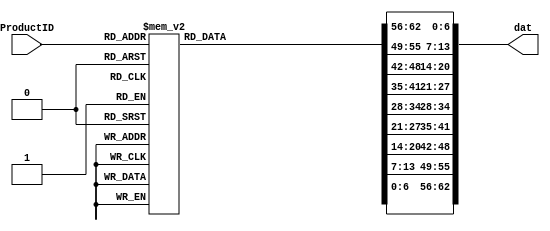
module writer(ProductID,dat);
	input[3:0] ProductID;
	output reg [62:0] dat;
	
	reg [6:0] dat0, dat1, dat2, dat3, dat4, dat5, dat6, dat7, dat8;
	initial begin
		dat0 = 7'h00;
		dat1 = 7'h00;
		dat2 = 7'h00;
		dat3 = 7'h00;
		dat4 = 7'h00;
		dat5 = 7'h00;
		dat6 = 7'h00;
		dat7 = 7'h00;
		dat8 = 7'h00;
	end
	always @ (*) begin
		case(ProductID)
			4'd0	:	begin
				dat0 = 7'h42; //B
				dat1 = 7'h41; //A
				dat2 = 7'h4e; //N
				dat3 = 7'h41; //A
				dat4 = 7'h4e; //N
				dat5 = 7'h41; //A
				dat6 = 7'h00; //
				dat7 = 7'h00; //
				dat8 = 7'h00; //				
			end

			4'd1	:	begin
				dat0 = 7'h50; //P
				dat1 = 7'h4f; //O
				dat2 = 7'h54; //T
				dat3 = 7'h41; //A
				dat4 = 7'h54; //T
				dat5 = 7'h4f; //O
				dat6 = 7'h00; //
				dat7 = 7'h00; //
				dat8 = 7'h00; //
			end
			
			4'd2	:	begin
				dat0 = 7'h54; //T
				dat1 = 7'h4f; //O
				dat2 = 7'h4d; //M
				dat3 = 7'h41; //A
				dat4 = 7'h54; //T
				dat5 = 7'h4f; //O
				dat6 = 7'h00; //
				dat7 = 7'h00; //
				dat8 = 7'h00; //
			end
			
			4'd3	:	begin
				dat0 = 7'h50; //P
				dat1 = 7'h45; //E
				dat2 = 7'h41; //A
				dat3 = 7'h43; //C
				dat4 = 7'h48; //H
				dat5 = 7'h00; //
				dat6 = 7'h00; //
				dat7 = 7'h00; //
				dat8 = 7'h00; //
			end
			
			4'd4	:	begin
				dat0 = 7'h41; //A
				dat1 = 7'h50; //P
				dat2 = 7'h50; //P
				dat3 = 7'h4c; //L
				dat4 = 7'h45; //E
				dat5 = 7'h00; //
				dat6 = 7'h00; //
				dat7 = 7'h00; //
				dat8 = 7'h00; //
			end
			
			4'd5	:	begin
				dat0 = 7'h50; //P
				dat1 = 7'h49; //I
				dat2 = 7'h4e; //N
				dat3 = 7'h45; //E
				dat4 = 7'h41; //A
				dat5 = 7'h50; //P
				dat6 = 7'h50; //P
				dat7 = 7'h4c; //L
				dat8 = 7'h45; //E
			end
			
			4'd6	:	begin
				dat0 = 7'h41; //A
				dat1 = 7'h56; //V
				dat2 = 7'h4f; //O
				dat3 = 7'h43; //C
				dat4 = 7'h41; //A
				dat5 = 7'h44; //D
				dat6 = 7'h4f; //O
				dat7 = 7'h00; //
				dat8 = 7'h00; //
			end
			
			4'd7	:	begin
				dat0 = 7'h43; //C
				dat1 = 7'h48; //H
				dat2 = 7'h45; //E
				dat3 = 7'h52; //R
				dat4 = 7'h52; //R
				dat5 = 7'h59; //Y
				dat6 = 7'h00; //
				dat7 = 7'h00; //
				dat8 = 7'h00; //
			end
			
			4'd8	:	begin
				dat0 = 7'h46; //F
				dat1 = 7'h49; //I
				dat2 = 7'h47; //G
				dat3 = 7'h00; //
				dat4 = 7'h00; //
				dat5 = 7'h00; //
				dat6 = 7'h00; //
				dat7 = 7'h00; //
				dat8 = 7'h00; //
			end
			
			4'd9	:	begin
				dat0 = 7'h47; //G
				dat1 = 7'h52; //R
				dat2 = 7'h41; //A
				dat3 = 7'h50; //P
				dat4 = 7'h45; //E
				dat5 = 7'h00; //
				dat6 = 7'h00; //
				dat7 = 7'h00; //
				dat8 = 7'h00; //
			end
			
			4'd10 : begin
				dat0 = 7'h4b; //K
				dat1 = 7'h49; //I
				dat2 = 7'h57; //W
				dat3 = 7'h49; //I
				dat4 = 7'h00; //
				dat5 = 7'h00; //
				dat6 = 7'h00; //
				dat7 = 7'h00; //
				dat8 = 7'h00; //
			end
			
			4'd11 : begin
				dat0 = 7'h4c; //L
				dat1 = 7'h45; //E
				dat2 = 7'h4d; //M
				dat3 = 7'h4f; //O
				dat4 = 7'h4e; //N
				dat5 = 7'h00; //
				dat6 = 7'h00; //
				dat7 = 7'h00; //
				dat8 = 7'h00; //
			end

			default : begin
				dat0 = 7'h00; //
				dat1 = 7'h00; //
				dat2 = 7'h00; //
				dat3 = 7'h00; //
				dat4 = 7'h00; //
				dat5 = 7'h00; //
				dat6 = 7'h00; //
				dat7 = 7'h00; //
				dat8 = 7'h00; //
			end
		endcase
		dat = {dat0,dat1,dat2,dat3,dat4,dat5,dat6,dat7,dat8};
	end

endmodule